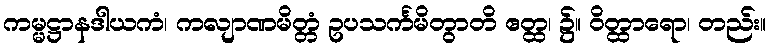
ကမ္မဋ္ဌာနဒါယကံ၊ ကလျာဏမိတ္တံ ဥပသင်္ကမိတွာတိ ဧတ္ထ၊ ၌။ ဝိတ္ထာရော၊ တည်း။